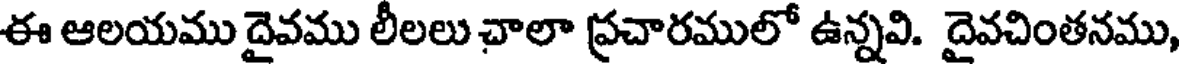
ఈ ఆలయము దైవము లీలలు చాలా ప్రచారములో ఉన్నవి. దైవచింతనము,